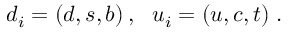
d _ { i } = ( d , s , b ) \, , \, \, \, \, u _ { i } = ( u , c , t ) \; . \nonumber